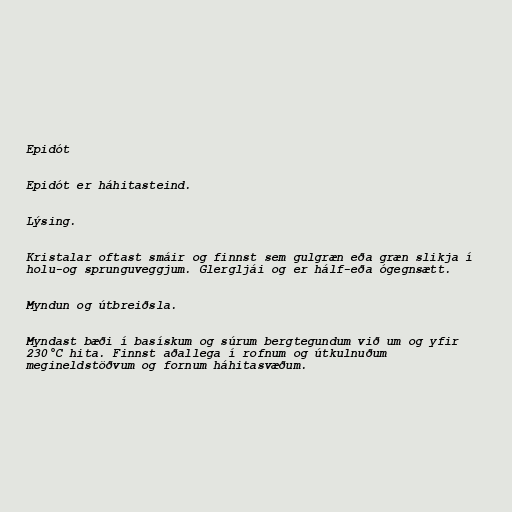
Epidót

Epidót er háhitasteind.

Lýsing.

Kristalar oftast smáir og finnst sem gulgræn eða græn slikja í
holu-og sprunguveggjum. Glergljái og er hálf-eða ógegnsætt.

Myndun og útbreiðsla.

Myndast bæði í basískum og súrum bergtegundum við um og yfir
230°C hita. Finnst aðallega í rofnum og útkulnuðum
megineldstöðvum og fornum háhitasvæðum.